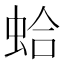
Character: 蛤